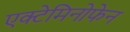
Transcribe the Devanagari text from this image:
एक्टेमिनोफेन